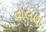
વોલણ